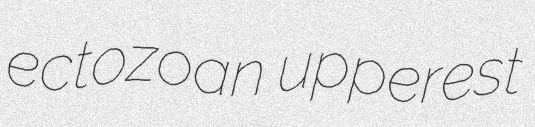
ectozoan upperest